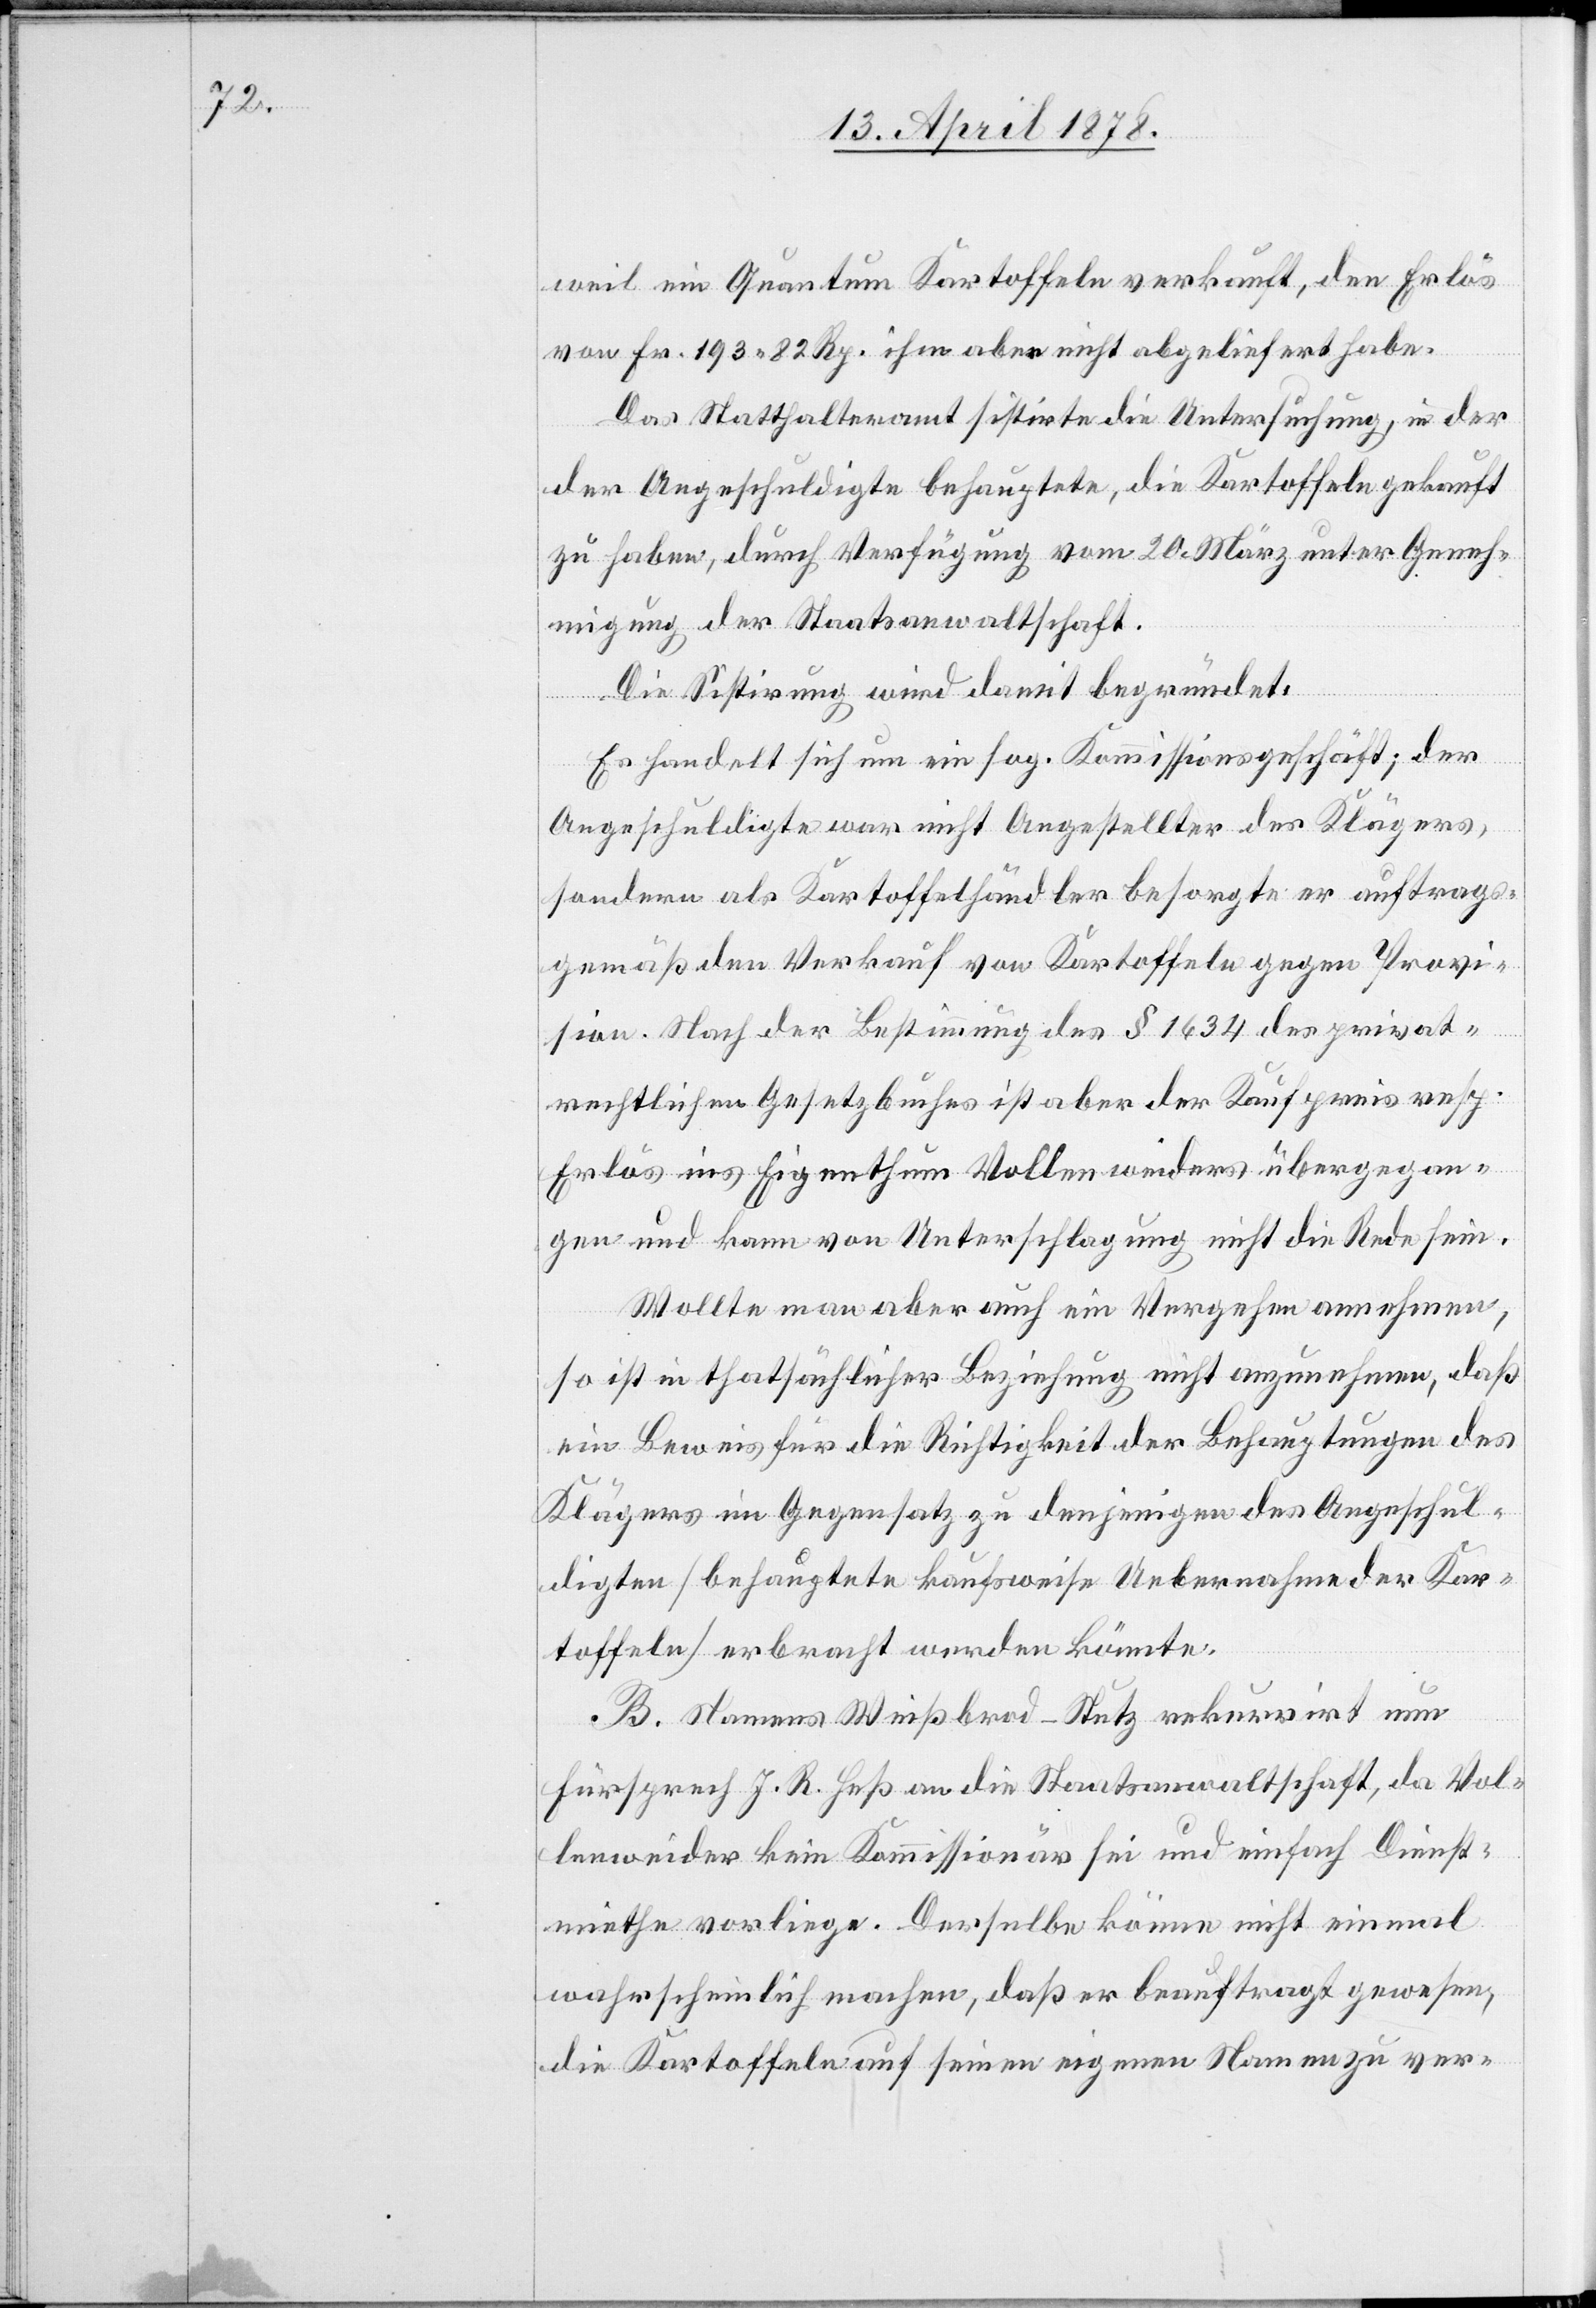
weil ein Quantum Kartoffeln verkauft, den Erlös
von Fr. 193. 82 Rp. ihm aber nicht abgeliefert habe.
Das Statthalteramt sistirte die Untersuchung, in d¬
er Angeschuldigte behauptete, die Kartoffeln gekauft
zu haben, durch Verfügung vom 20. März unter Geneh¬
migung der Staatsanwaltschaft.
Die Sistirung wird damit begründet:
Es handelt sich um ein sog. Kommissionsgeschäft, der
Angeschuldigte war nicht Angestellter des Klägers,
sondern als Kartoffelhändler besorgte er auftrags¬
gemäß den Verkauf von Kartoffeln gegen Provi¬
sion. Nach der Bestimmung des § 1634 des privat¬
rechtlichen Gesetzbuches ist aber der Kaupfreis resp.
Erlös ins Eigenthum Vollenweiders übergegan¬
gen und kann von Unterschlagung nicht die Rede sein.
Wollte man aber auch ein Vergehen annehmen,
so ist in thatsächlicher Beziehung nicht anzunehmen, daß
ein Beweis für die Richtigkeit der Behauptungen des
Klägers im Gegensatz zu denjenigen des Angeschul¬
digten (behauptete kaufsweise Uebernahme der Kar¬
toffeln) erbracht werden könnte.
B. Namens Weißbrod-Stutz rekurrirt nun
Fürsrpech J. R. Heß an die Staatsanwaltschaft, da Vol¬
lenweider kein Kommissionär sei und einfach Dienst¬
miethe vorliege. Derselbe könne nicht einmal
wahrscheinlich machen, daß er beauftragt gewesen,
die Kartoffeln auf seinen eigenen Namen zu ver-